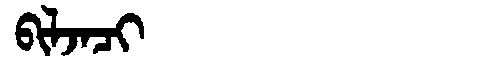
Manchu: ᠪᡳᠯᠵᠠᠴᡳ
Romanization: BILJACI